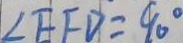
\angle E F D = 9 0 ^ { \circ }